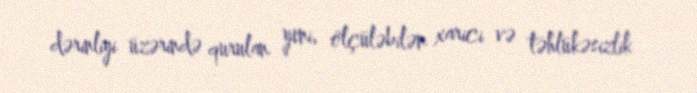
dərinliyi üzərində qurulan yeni, ölçüləbilən xarici və təhlükəsizlik